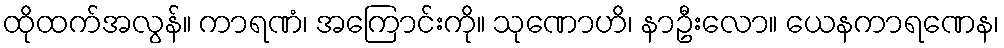
ထိုထက်အလွန်။ ကာရဏံ၊ အကြောင်းကို။ သုဏောဟိ၊ နာဦးလော။ ယေနကာရဏေန၊